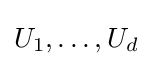
U_{1},\ldots ,U_{d}